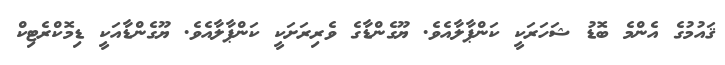
ޤައުމުގެ އެންމެ ބޮޑު ޝަހަރަކީ ކަންޕާލާއެވެ. ޔޫގެންޑާގެ ވެރިރަށަކީ ކަންޕާލާއެވެ. ޔޫގެންޑާއަކީ ޑިމޮކްރެޓިކް